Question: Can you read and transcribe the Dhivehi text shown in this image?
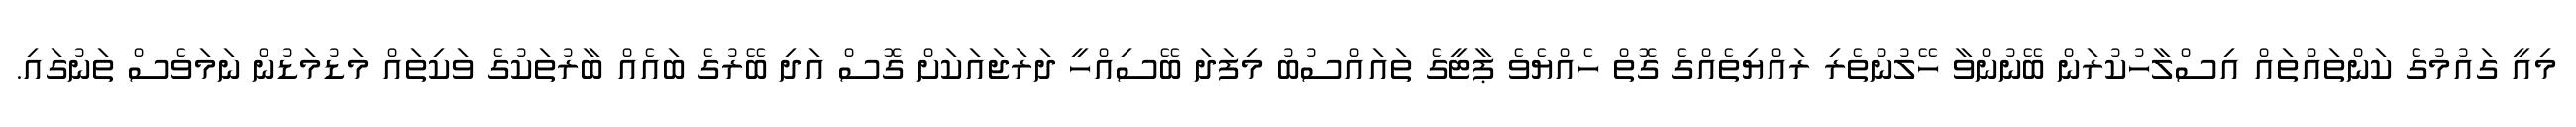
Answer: މިއީ ގައުމުގެ ކަންތައްތައް އިސްލާހުކުރަން ބޭނުންވާ ހޭލުންތެރި ރައްޔިތެއްގެ ގޮތް ހެއްޔެވެ ޕާޓީގެ ތައައްސުބު މިފަދަ ބޭސިއްހީ ދަރަޖައަކަށް ގޮސް އަދި ބޭރުގެ ބައެއް ބާރުތަކުގެ ވަކިތައް މަޑުމަޑުން ނަމަވެސް ތަނުގައި.